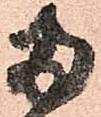
両